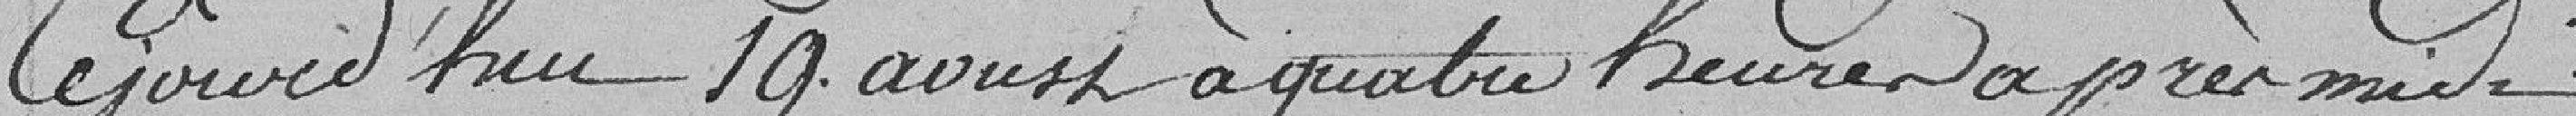
cejourd'hui 19 aoust à quatre heures après midi ;